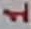
Text: 1